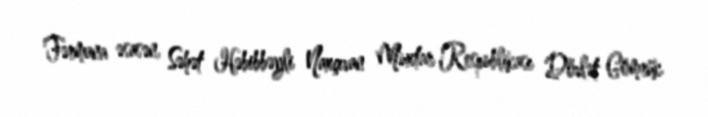
Fərmana əsasən, Səhət Həbibbəyli Naxçıvan Muxtar Respublikası Dövlət Gömrük